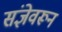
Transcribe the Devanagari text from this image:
संज्ञेवरून